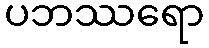
ပဘဿရော